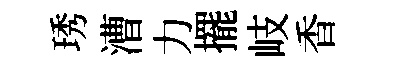
琇漕力擺岐香